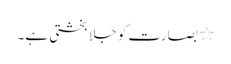
٭ بصارت کو جلا بخشتی ہے۔